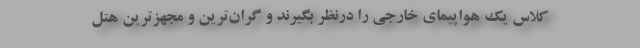
کلاس یک هواپیمای خارجی را درنظر بگیرند و گران‌ترین و مجهزترین هتل